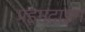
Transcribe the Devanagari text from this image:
प्रइमटाइम